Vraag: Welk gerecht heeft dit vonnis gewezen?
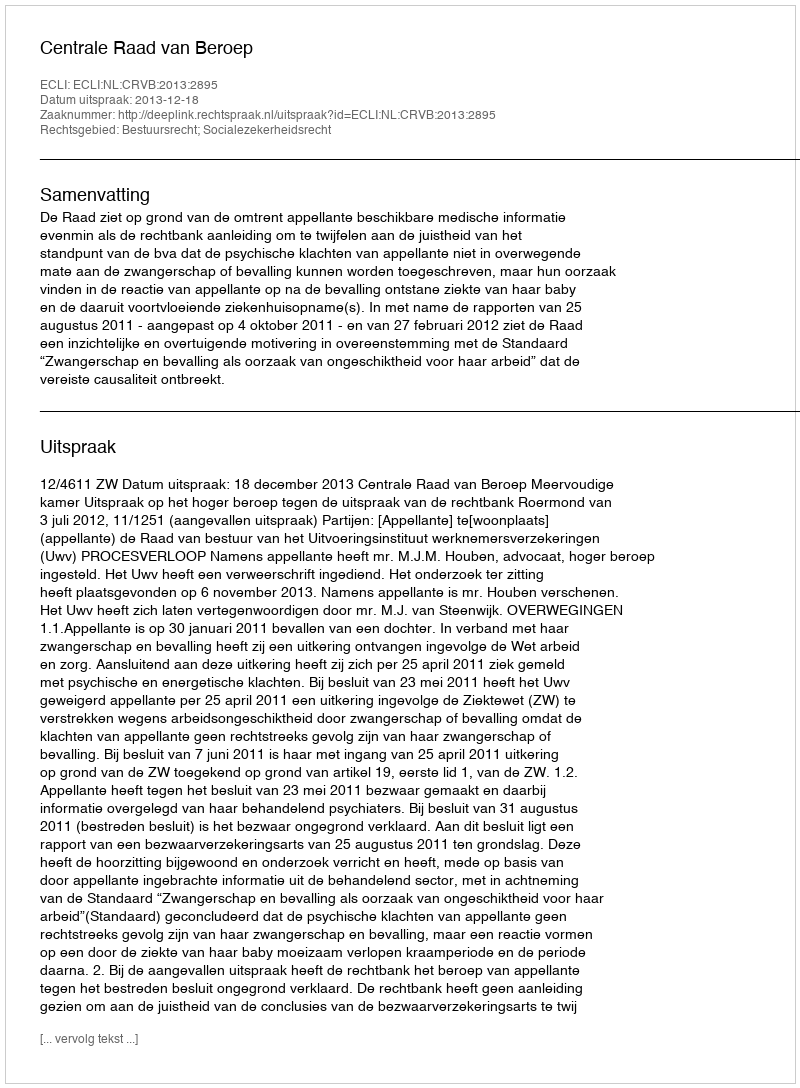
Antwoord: Centrale Raad van Beroep